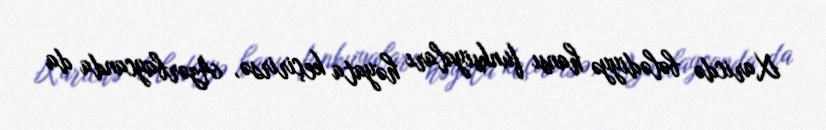
Xaricdə bələdiyyə hansı funksiyaları həyata keçirirsə, Azərbaycanda da